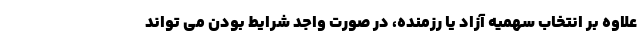
علاوه بر انتخاب سهمیه آزاد یا رزمنده، در صورت واجد شرایط بودن می تواند